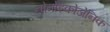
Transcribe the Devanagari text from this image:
नोर्मोइकोजेनिक